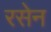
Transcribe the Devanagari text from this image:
रसेन